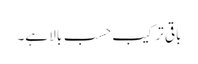
باقی ترکیب حسبِ بالا ہے۔